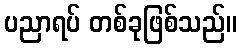
ပညာရပ် တစ်ခုဖြစ်သည်။